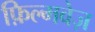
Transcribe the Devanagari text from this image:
फ़िल्मवेज़